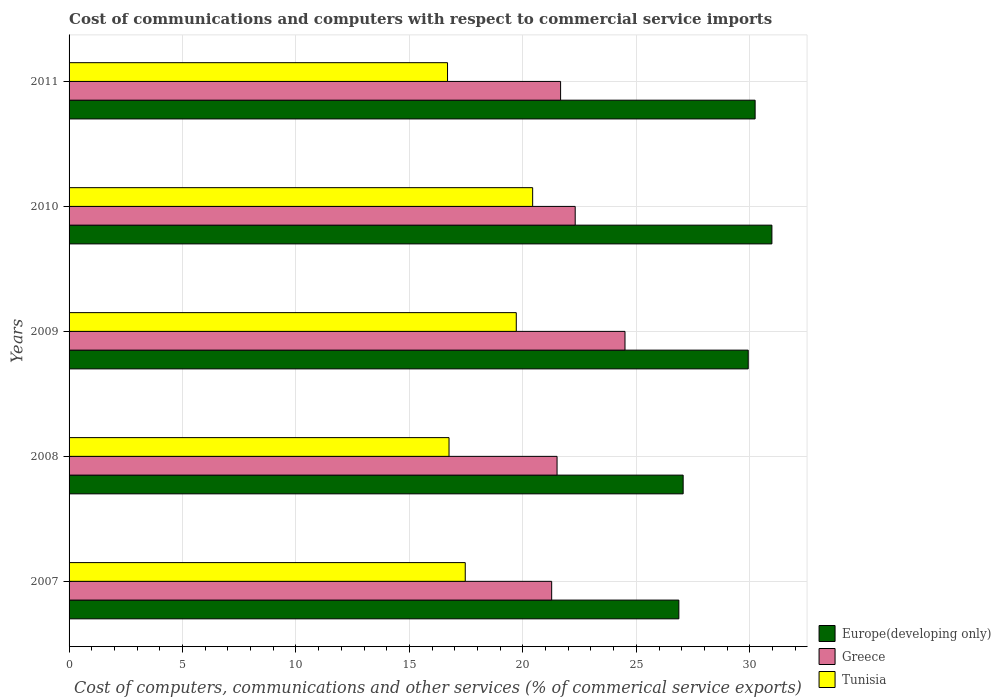
| Years | Europe(developing only) | Greece | Tunisia |
 | --- | --- | --- | --- |
 | 2007 | 26.9 | 21.3 | 17.5 |
 | 2008 | 27.1 | 21.5 | 16.7 |
 | 2009 | 29.9 | 24.5 | 19.7 |
 | 2010 | 31 | 22.3 | 20.4 |
 | 2011 | 30.2 | 21.7 | 16.7 |